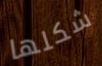
شكلها